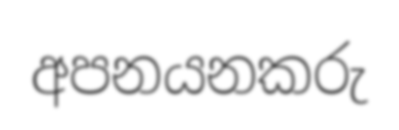
අපනයනකරු